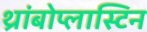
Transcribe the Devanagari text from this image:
थ्रांबोप्लास्टिन